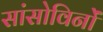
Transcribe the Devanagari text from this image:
सांसोविनों